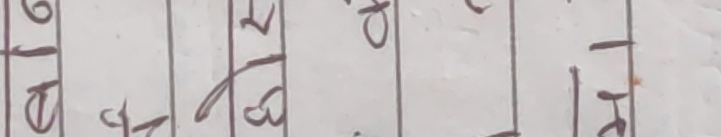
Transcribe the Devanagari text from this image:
७/८ १/२ क/ख अ/इ